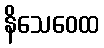
နိသေဝေထ